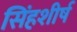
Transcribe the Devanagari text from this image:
सिंहशीर्ष